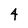
Character: 4